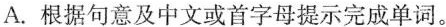
A.根据句意及中文或首字母提示完成单词。